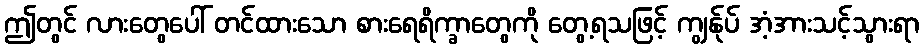
ဤတွင် လားတွေပေါ် တင်ထားသော စားရေရိက္ခာတွေကို တွေ့ရသဖြင့် ကျွန်ုပ် အံ့အားသင့်သွားရာ